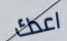
اعدك